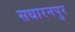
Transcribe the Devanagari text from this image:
सधारनपुर